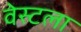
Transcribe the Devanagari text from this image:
वेस्टला